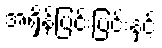
အရှိန်ပြင်းပြင်းနှင့်